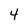
Character: 4